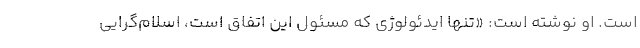
است. او نوشته است: «تنها ایدئولوژی که مسئول این اتفاق است، اسلام‌گرایی